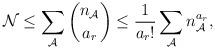
LaTeX: \begin{align*}\mathcal{N}\le \sum_{\mathcal{A}}\binom{n_\mathcal{A}}{a_r}\le \frac{1}{a_r!}\sum_{\mathcal{A}}n_{\mathcal{A}}^{a_r},\end{align*}